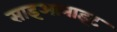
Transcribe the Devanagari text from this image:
साइआनाइट